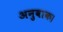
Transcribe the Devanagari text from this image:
अनुवाक।